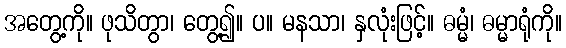
အတွေ့ကို။ ဖုသိတွာ၊ တွေ့၍။ ပ။ မနသာ၊ နှလုံးဖြင့်။ ဓမ္မံ၊ ဓမ္မာရုံကို။